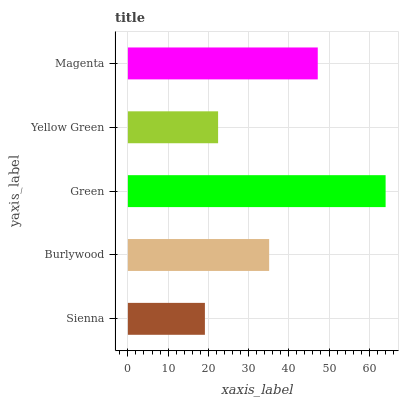
| yaxis_label | bars |
 | --- | --- |
 | Sienna | 19.1 |
 | Burlywood | 35.1 |
 | Green | 64.1 |
 | Yellow Green | 22.4 |
 | Magenta | 47.2 |